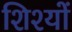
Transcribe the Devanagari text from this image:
शिश्यों